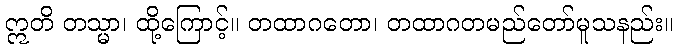
ဣတိ တသ္မာ၊ ထို့ကြောင့်။ တထာဂတော၊ တထာဂတမည်တော်မူသနည်း။